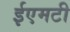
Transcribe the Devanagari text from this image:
ईएमटी